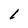
Character: 1